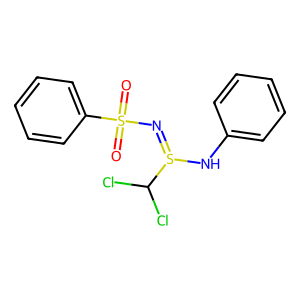
SMILES: O=S(=O)(N=S(Nc1ccccc1)C(Cl)Cl)c1ccccc1
Inhibits HIV replication: No